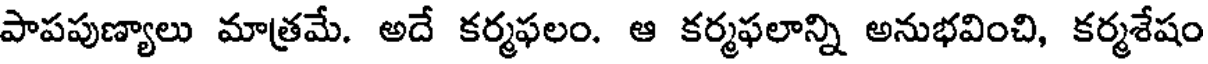
పాపపుణ్యాలు మాత్రమే. అదే కర్మఫలం. ఆ కర్మఫలాన్ని అనుభవించి, కర్మశేషం